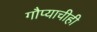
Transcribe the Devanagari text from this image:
गौप्याचीही